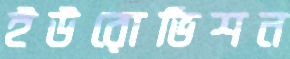
ইউরোভিশন